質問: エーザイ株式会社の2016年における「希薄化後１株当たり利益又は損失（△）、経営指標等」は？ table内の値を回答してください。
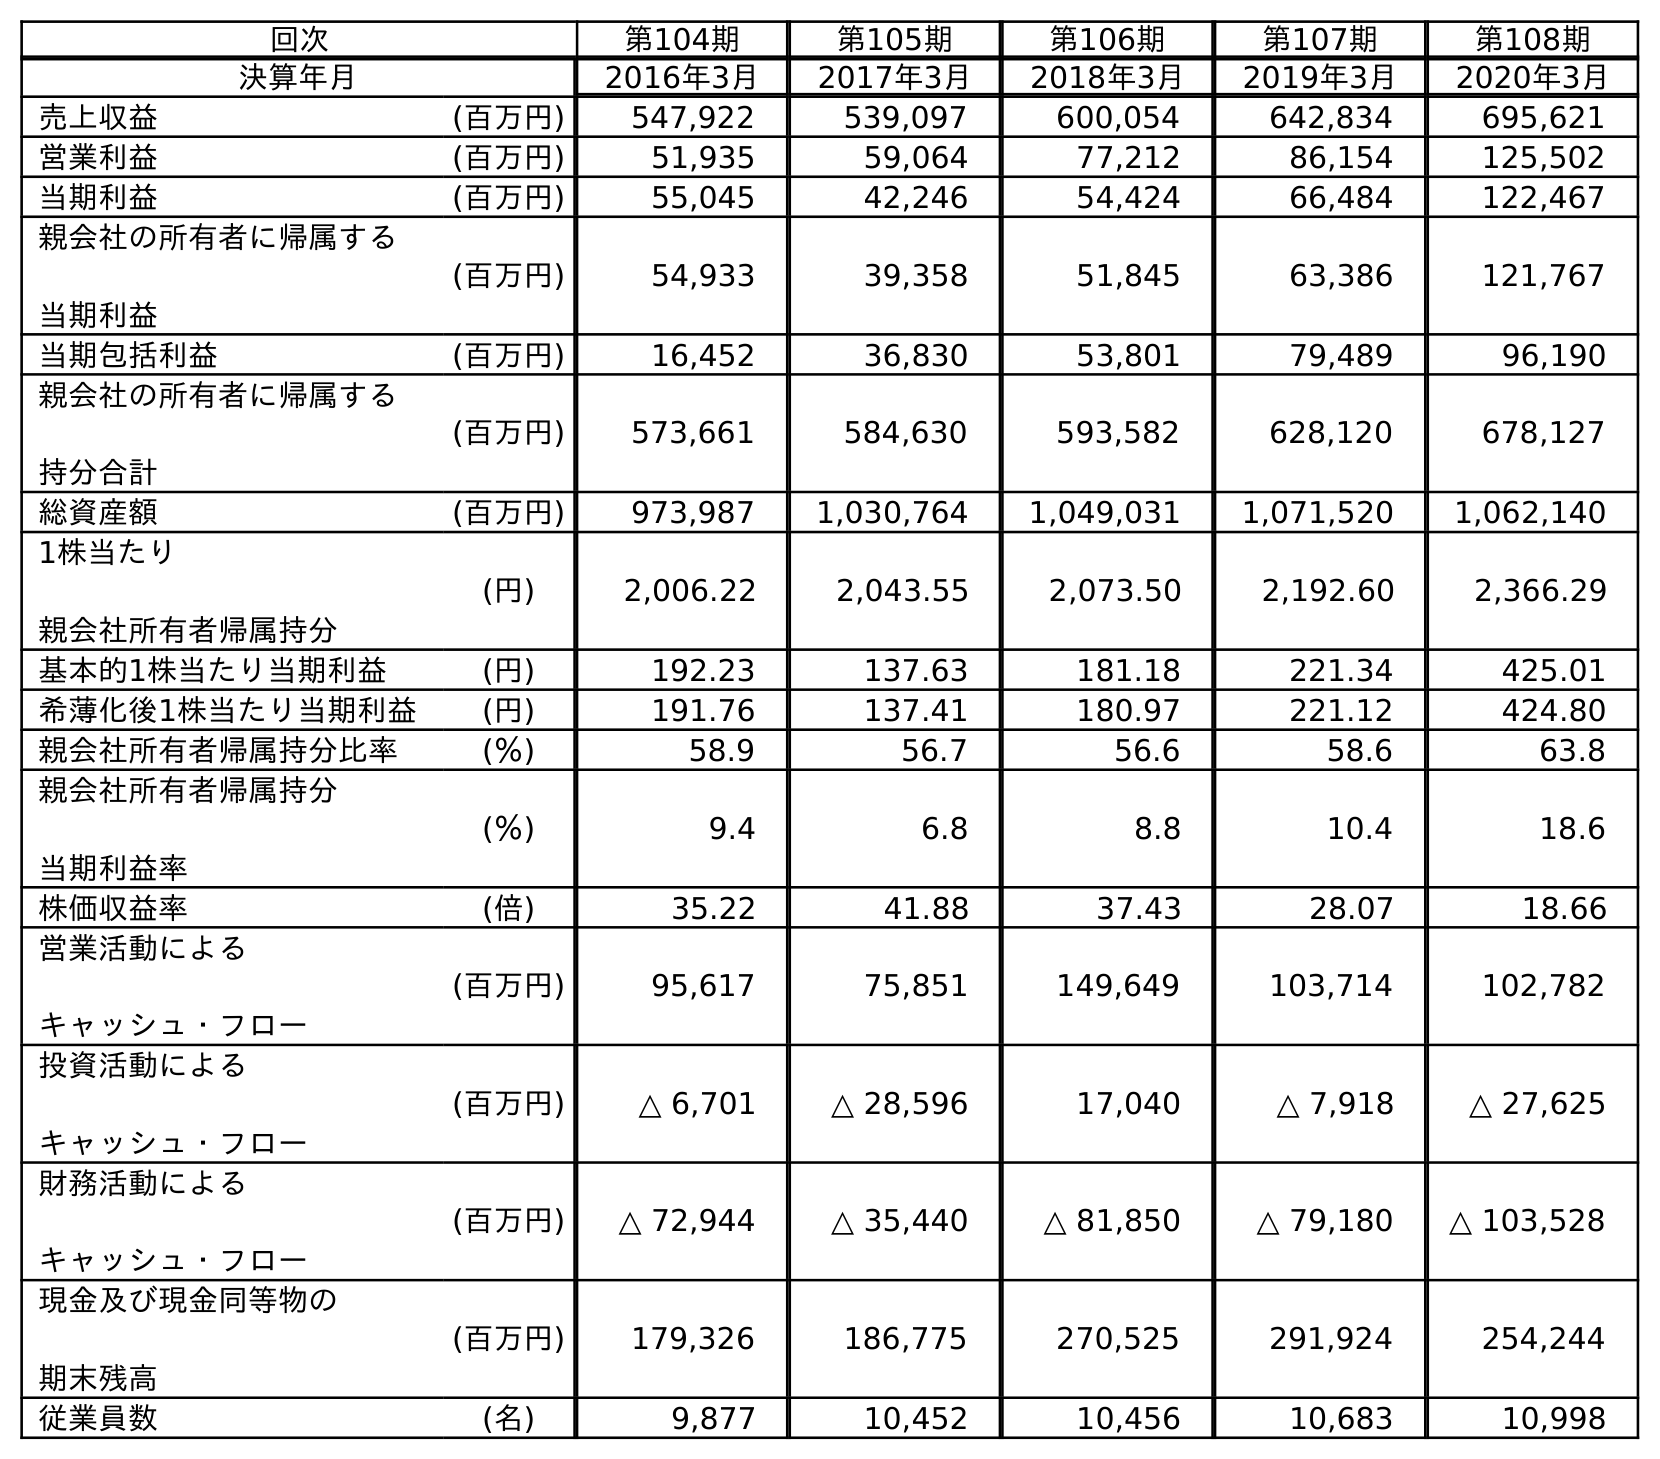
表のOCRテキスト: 回次 第104期 第105期 第106期 第107期 第108期 決算年月 2016年3月 2017年3月 2018年3月 2019年3月 2020年3月 売上収益 (百万円) 547,922 539,097 600,054 642,834 695,621 営業利益 (百万円) 51,935 59,064 77,212 86,154 125,502 当期利益 (百万円) 55,045 42,246 54,424 66,484 122,467 親会社の所有者に帰属する 当期利益 (百万円) 54,933 39,358 51,845 63,386 121,767 当期包括利益 (百万円) 16,452 36,830 53,801 79,489 96,190 親会社の所有者に帰属する 持分合計 (百万円) 573,661 584,630 593,582 628,120 678,127 総資産額 (百万円) 973,987 1,030,764 1,049,031 1,071,520 1,062,140 1株当たり 親会社所有者帰属持分 (円) 2,006.22 2,043.55 2,073.50 2,192.60 2,366.29 基本的1株当たり当期利益 (円) 192.23 137.63 181.18 221.34 425.01 希薄化後1株当たり当期利益 (円) 191.76 137.41 180.97 221.12 424.80 親会社所有者帰属持分比率 (％) 58.9 56.7 56.6 58.6 63.8 親会社所有者帰属持分 当期利益率 (％) 9.4 6.8 8.8 10.4 18.6 株価収益率 (倍) 35.22 41.88 37.43 28.07 18.66 営業活動による キャッシュ・フロー (百万円) 95,617 75,851 149,649 103,714 102,782 投資活動による キャッシュ・フロー (百万円) △ 6,701 △ 28,596 17,040 △ 7,918 △ 27,625 財務活動による キャッシュ・フロー (百万円) △ 72,944 △ 35,440 △ 81,850 △ 79,180 △ 103,528 現金及び現金同等物の 期末残高 (百万円) 179,326 186,775 270,525 291,924 254,244 従業員数 (名) 9,877 10,452 10,456 10,683 10,998
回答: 191.76